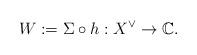
LaTeX: \begin{align*} W:=\Sigma\circ h: X^\vee\rightarrow \mathbb C. \end{align*}